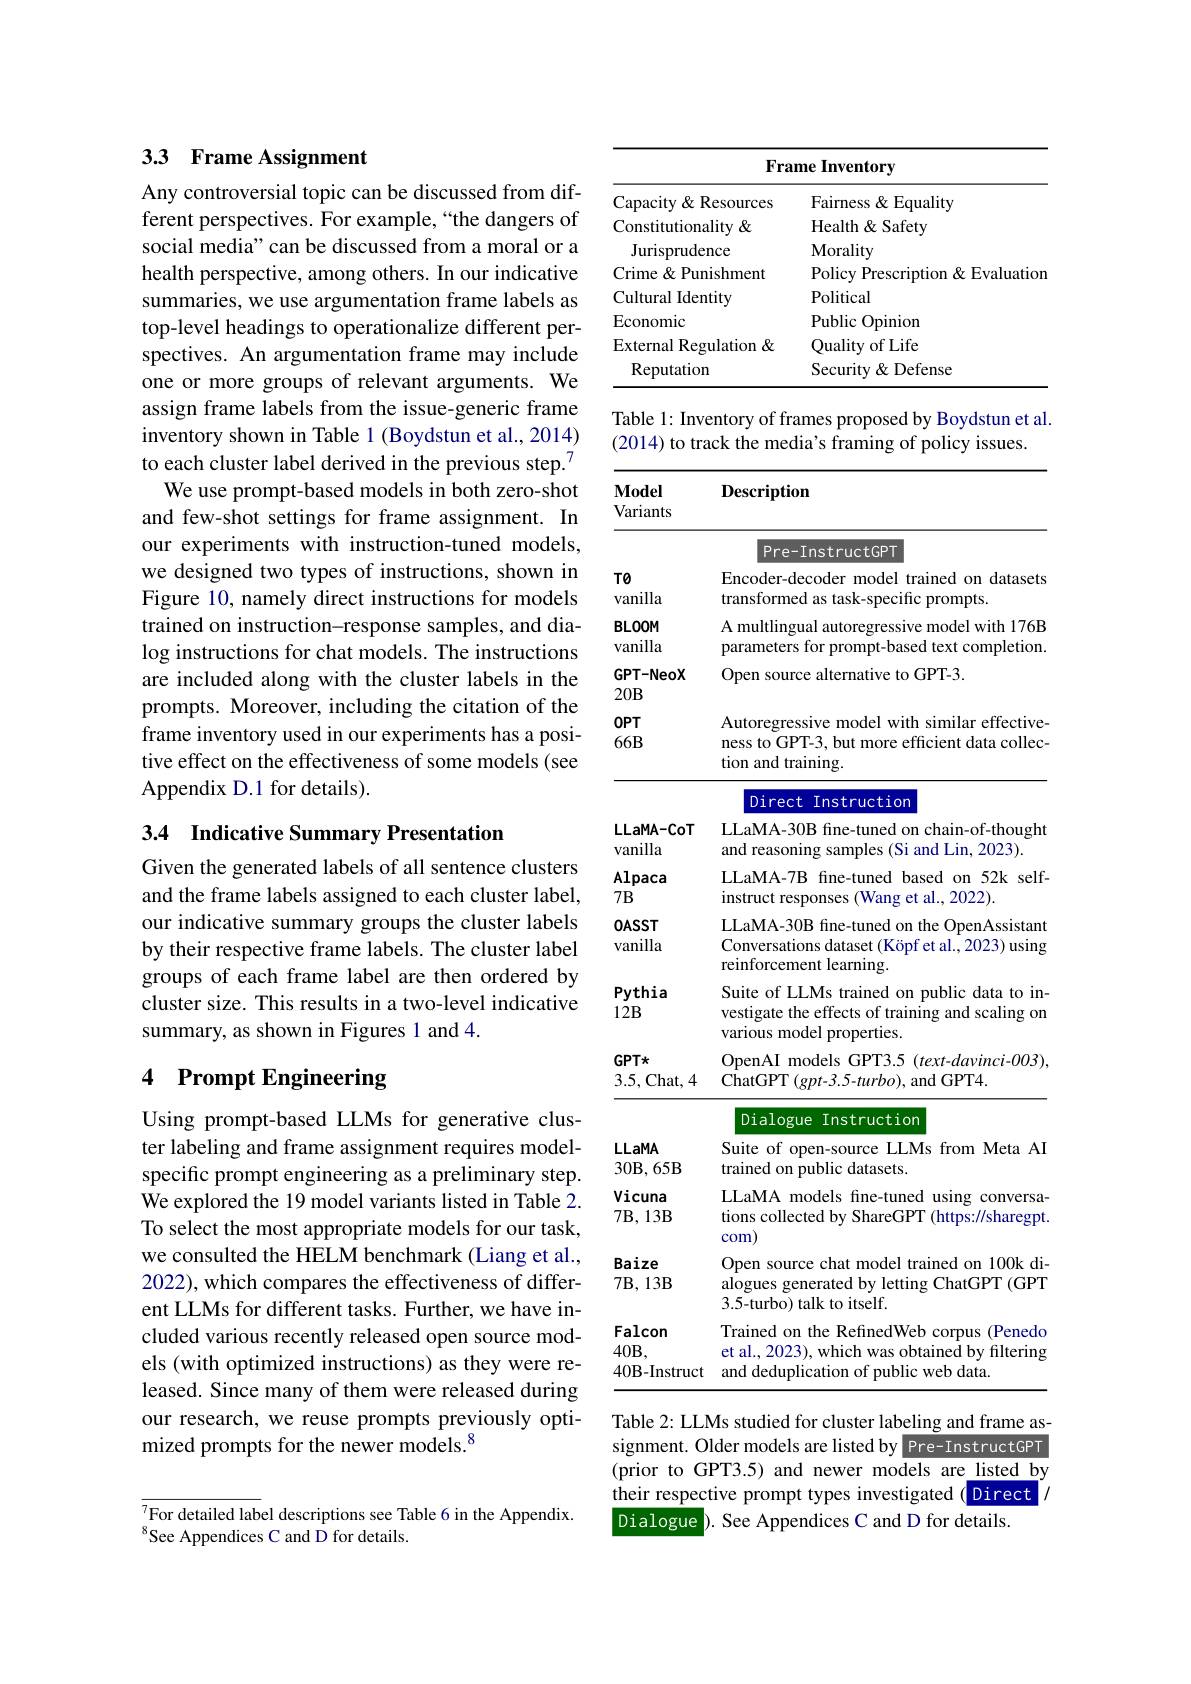
### 3.3 Frame Assignment

Any controversial topic can be discussed from different perspectives. For example,“the dangers of social media" can be discussed from a moral or a health perspective, among others. In our indicative summaries, we use argumentation frame labels as top-level headings to operationalize different perspectives. An argumentation frame may include one or more groups of relevant arguments. We assign frame labels from the issue-generic frame inventory shown in Table 1 (Boydstun et al., 2014) to each cluster label derived in the previous step.$^{7}$
We use prompt-based models in both zero-shot and few-shot settings for frame assignment. In our experiments with instruction-tuned models, we designed two types of instructions, shown in Figure 10, namely direct instructions for models trained on instruction-response samples, and dia- $\log$ instructions for chat models. The instructions are included along with the cluster labels in the prompts. Moreover, including the citation of the frame inventory used in our experiments has a positive effect on the effectiveness of some models (see Appendix D.1 for details).

## 3.4 Indicative Summary Presentation

Given the generated labels of all sentence clusters and the frame labels assigned to each cluster label, our indicative summary groups the cluster labels by their respective frame labels. The cluster label groups of each frame label are then ordered by cluster size. This results in a two-level indicative summary, as shown in Figures 1 and 4.

# 4 Prompt Engineering

Using prompt-based LLMs for generative cluster labeling and frame assignment requires modelspecific prompt engineering as a preliminary step. We explored the 19 model variants listed in Table 2. To select the most appropriate models for our task, we consulted the HELM benchmark (Liang et al., 2022), which compares the effectiveness of different LLMs for different tasks. Further, we have included various recently released open source models (with optimized instructions) as they were released. Since many of them were released during our research, we reuse prompts previously optimized prompts for the newer models.$^{8}$

$\overline{{^7}}$For detailed label descriptions see Table 6 in the Appendix.
$^{8}$See Appendices C and D for details.

<table>
	<tbody>
		<tr>
			<th colspan="2">Frame Inventory</th>
		</tr>
		<tr>
			<th>CapacityResources</th>
			<th>Fairness & Equality</th>
		</tr>
		<tr>
			<td>Constitutionality &</td>
			<td>Health& Safety</td>
		</tr>
		<tr>
			<td>Jurisprudence</td>
			<td>$\mathbf{Morality}$</td>
		</tr>
		<tr>
			<td>Crime & Punishment</td>
			<td>Policy Prescription & Evaluation</td>
		</tr>
		<tr>
			<td>Cultural Identity</td>
			<td>Political</td>
		</tr>
		<tr>
			<td>Economic</td>
			<td>Public Opinion</td>
		</tr>
		<tr>
			<td>External Regulation &</td>
			<td>Quality of Life</td>
		</tr>
		<tr>
			<td>Reputation</td>
			<td>Security & Defense</td>
		</tr>
	</tbody>
</table>

Table 1: Inventory of frames proposed by Boydstun et al.
(2014) to track the media's framing of policy issues.

<table>
	<tbody>
		<tr>
			<th>$\mathbf{Model}$ Variants</th>
			<th>$\mathbf{Description}$</th>
		</tr>
		<tr>
			<th> </th>
			<th>Pre-InstructGPT</th>
		</tr>
		<tr>
			<td>$T0$ vanilla</td>
			<td>Encoder-decoder model trained on datasets transformed as task-specific prompts.</td>
		</tr>
		<tr>
			<td>BLOOM vanilla</td>
			<td>A multlingual autoregressive model with 176B parameters for prompt-based text completion</td>
		</tr>
		<tr>
			<td>$GPT-NeoX$ $20B$</td>
			<td>Open source alternative to GPT-3.</td>
		</tr>
		<tr>
			<td>$OPT$</td>
			<td>Autoregressive M da sarith similar effective</td>
		</tr>
		<tr>
			<td>$66B$</td>
			<td>ness to GPT-3, but more efficient data collec tion and training.</td>
		</tr>
	</tbody>
</table>

<table>
	<tbody>
		<tr>
			<td> </td>
			<td>Direct Instruction</td>
		</tr>
		<tr>
			<td>LLaMA-CoT vanilla</td>
			<td>LLaMA-30B fine-tuned on chain-of-thought and reasoning samples (Si and Lin, 2023).</td>
		</tr>
		<tr>
			<td>Alpaca $7B$</td>
			<td>LLaMA-7B fine-tuned based on 52k self instruct responses (Wang et al., 2022).</td>
		</tr>
		<tr>
			<td>$0ASST$ vanilla</td>
			<td>LLaMA-30B fine-tuned on the OpenAssistant Conversations dataset (Köpf et al., 2023) using reinforcement learning.</td>
		</tr>
		<tr>
			<td>Pythia $12B$</td>
			<td>Suite of LLMs trained on public data to in vestigate the effects of training and scaling on various model properties.</td>
		</tr>
		<tr>
			<td>GPTx 3.5,Chat,4</td>
			<td>OpenAI models GPT3.5 (text-davinci-003) ChatGPT(gpt-3.5-turbo),andGPT4.</td>
		</tr>
	</tbody>
</table>

<table>
	<tbody>
		<tr>
			<td>LLaMA $30\mathbf{B},65\mathbf{B}$</td>
			<td>Suite of open-source LLMs from Meta AI trained on public datasets.</td>
		</tr>
		<tr>
			<td>Baize $7\mathbf{B},13\mathbf{B}$</td>
			<td>Open source chat model trained on 100k c alogues generated by letting ChatGPT (GPT 3.5-turbo) talk to itself.</td>
		</tr>
		<tr>
			<td>Falcon</td>
			<td>Trained on the RefinedWeb corpus (Penedo</td>
		</tr>
		<tr>
			<td>$40B$</td>
			<td>////// ilterins</td>
		</tr>
		<tr>
			<td>$40\mathbf{B}-$Instruct</td>
			<td>web data Ant def</td>
		</tr>
	</tbody>
</table>

Table 2: LLMs studied for cluster labeling and frame assignment. Older models are listed by Pre-InstructGPT (prior to GPT3.5) and newer models are listed by their respective prompt types investigated( Direct Dialogue ). See Appendices C and D for details.